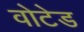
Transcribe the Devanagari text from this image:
वोटेड